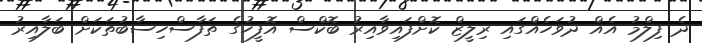
ދެ ފިލްމު އެއް ދުވަހެއްގައި ރިލީޒް ކޮށްފައިވާއިރު ބޮކްސް އޮފީހުގެ ތަފާސްހިސާބުތަކަށް ބަލާއިރު